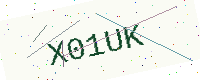
Text: X01UK